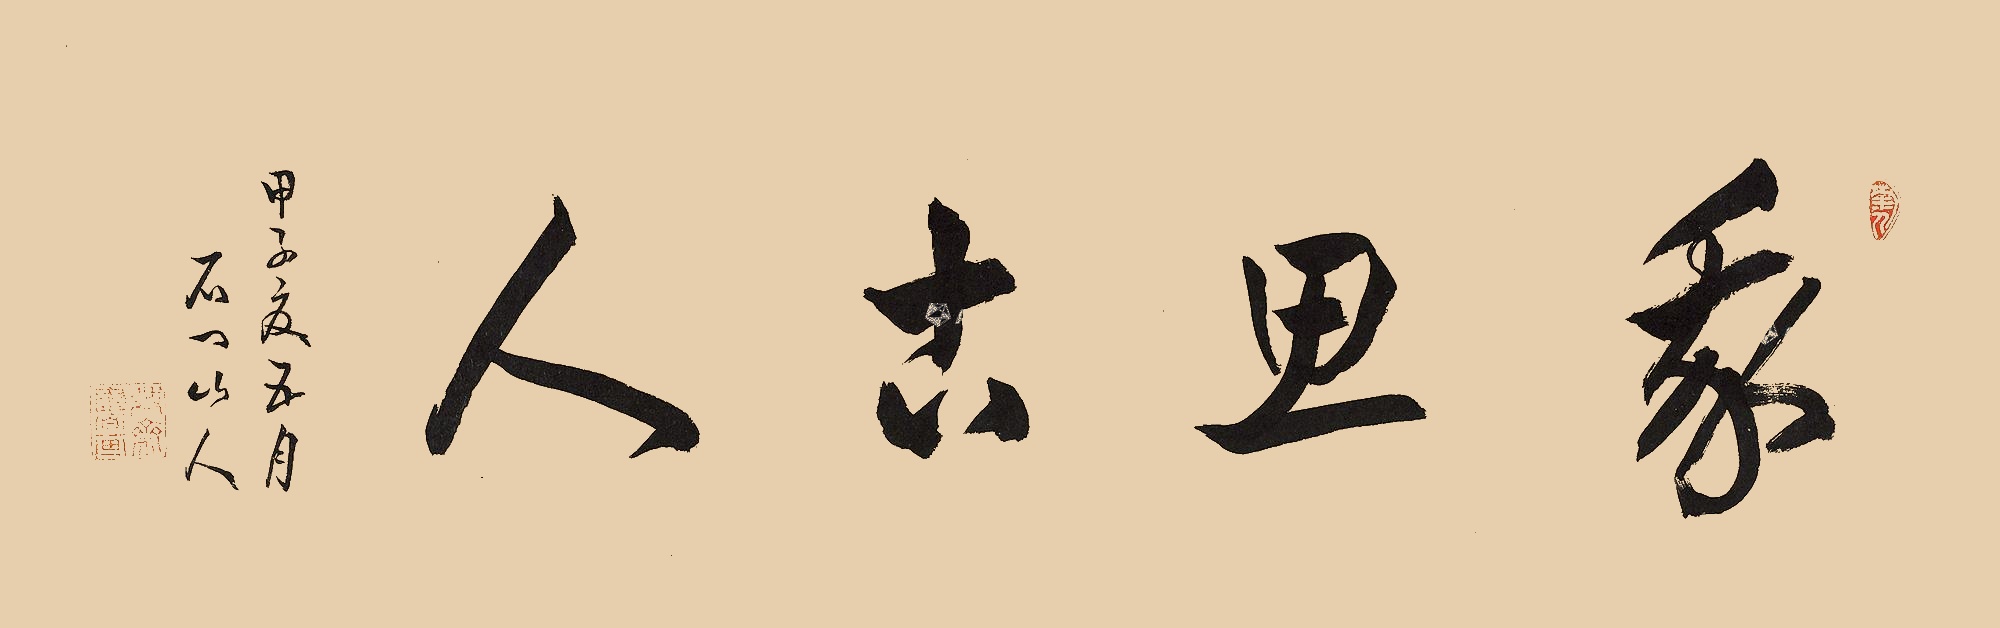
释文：我思古人。甲子夏五月，石门山人。